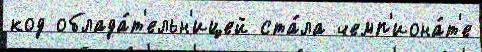
код облада́т'ельн'ицей ста́ла чемп'иона́т'е